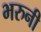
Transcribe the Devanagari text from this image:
भरुनी